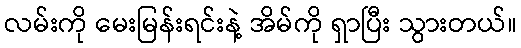
လမ်းကို မေးမြန်းရင်းနဲ့ အိမ်ကို ရှာပြီး သွားတယ်။